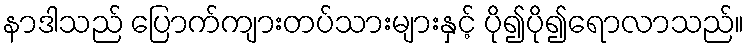
နာဒါသည် ပြောက်ကျားတပ်သားများနှင့် ပို၍ပို၍ရောလာသည်။